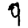
Digit: 9